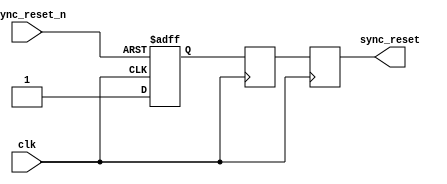
module async_reset_synchronizer (
    input wire clk,               // Clock signal
    input wire async_reset_n,     // Asynchronous reset signal (active low) 
    // input wire async_reset_p,   // Uncomment if active high reset is needed
    output reg sync_reset         // Synchronized reset output
);

    // Internal signals for the two flip-flops
    reg ff1, ff2;

    // Synchronous reset logic
    always @(posedge clk or negedge async_reset_n) begin
        // If reset is active (low), reset ff1
        if (!async_reset_n) begin
            ff1 <= 1'b0;          // Reset ff1
        end else begin
            ff1 <= 1'b1;          // Normalize ff1 output
        end
    end
    
    always @(posedge clk) begin
        ff2 <= ff1;                // Synchronize ff1 to ff2
    end

    // Assign sync_reset to the output of the second flip-flop
    always @(posedge clk) begin
        sync_reset <= ff2;        // Capture synchronized reset
    end

endmodule